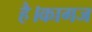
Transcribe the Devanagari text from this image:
है।कागज